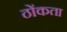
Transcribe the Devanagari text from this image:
ठोंकता